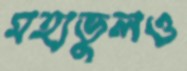
মহাভুলও